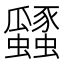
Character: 瓥